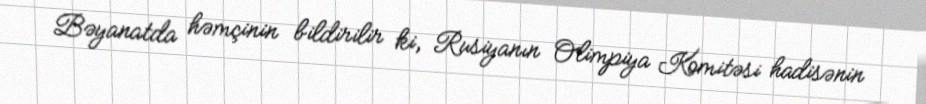
Bəyanatda həmçinin bildirilir ki, Rusiyanın Olimpiya Komitəsi hadisənin